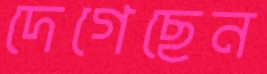
দেগেছেন